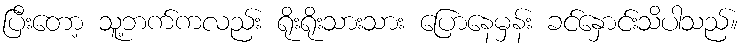
ပြီးတော့ သူ့ဘက်ကလည်း ရိုးရိုးသားသား ပြောနေမှန်း ခင်နှောင်းသိပါသည်။